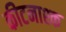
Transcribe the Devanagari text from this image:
कीटनाश्क